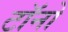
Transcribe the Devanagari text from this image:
टॉनो